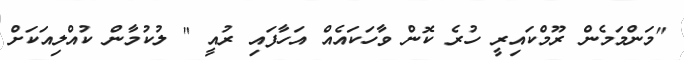
"މަންމަމެން ރޫމްކައިރީ ހުރެ ކޮން ވާހަކައެއް އަހާފައި ރުއީ " ލުކުމާން ކުއްލިއަކަށް